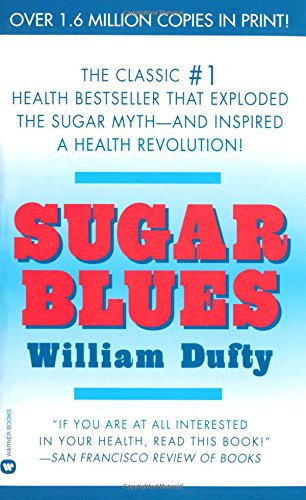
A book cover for Sugar Blues; William Dufty; Health, Fitness & Dieting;